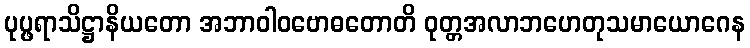
ပုပ္ဖရာသိဋ္ဌာနိယတော အဘာဝါဝဗောဓတောတိ ဝုတ္တအလာဘဟေတုသမာယောဂေန